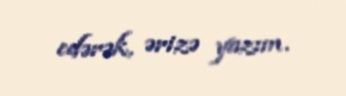
edərək, ərizə yazım.